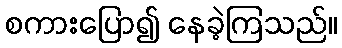
စကားပြော၍ နေခဲ့ကြသည်။